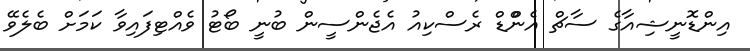
އިންޑޮނީޝިއާގެ ސާޗް އެންްޑް ރެސްކިއު އެޖެންސީން ބުނީ ބޯޓު ވެއްޓިފައިވާ ކަމަށް ބެލެވޭ